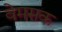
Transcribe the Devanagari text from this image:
वेमसक